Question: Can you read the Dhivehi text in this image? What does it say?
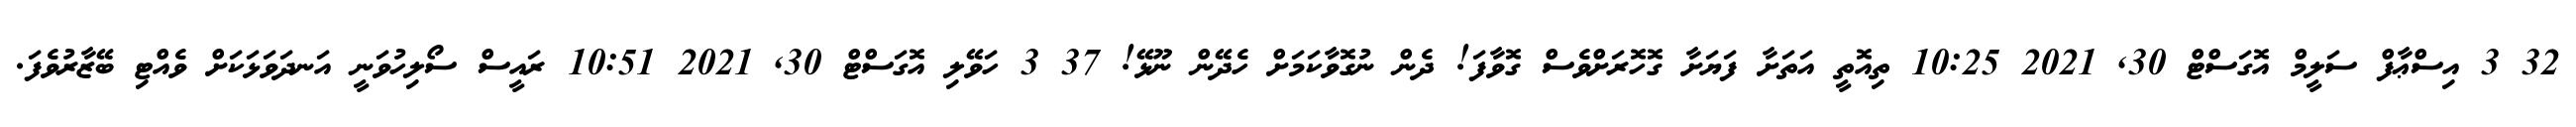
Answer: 32 3 އިސްޢާފް ސަލީމް އޮގަސްޓް 30, 2021 10:25 ތިއޮތީ އަތަށާ ފަޔަށާ ގޮހޮރަށްވެސް ގޮވާފަ! ދެން ނުގޮވާކަމަށް ހެދޭން ނޫޅޭ! 37 3 ހަވޭލި އޮގަސްޓް 30, 2021 10:51 ރައީސް ސޯލިހުވަނީ އަނދަވަޅަކަށް ވެއްޓި ބޭޒާރުވެފަ.